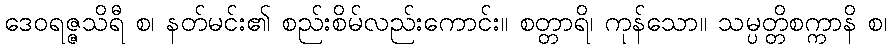
ဒေဝရဇ္ဇသိရီ စ၊ နတ်မင်း၏ စည်းစိမ်လည်းကောင်း။ စတ္တာရိ၊ ကုန်သော။ သမ္ပတ္တိစက္ကာနိ စ၊